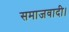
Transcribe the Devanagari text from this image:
समाजवादी।